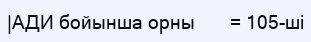
|АДИ бойынша орны       = 105-ші